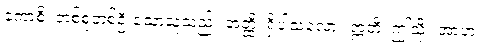
ကောစိ၊ တစ်စုံတစ်ဦးသောသူသည်။ အတ္ထိ၊ ရှိပါသလော။ ဣတိ၊ ဤသို့။ အာဟ၊